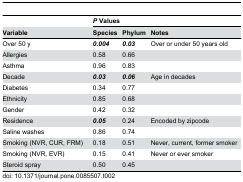
|  | <COLSPAN=2> P Values |  |
 | Variable | Species | Phylum | Notes |
 | --- | --- | --- | --- |
 | Over 50 y | 0.004 | 0.03 | Over or under 50 years old |
 | Allergies | 0.58 | 0.66 |  |
 | Asthma | 0.96 | 0.83 |  |
 | Decade | 0.03 | 0.06 | Age in decades |
 | Diabetes | 0.34 | 0.77 |  |
 | Ethnicity | 0.85 | 0.68 |  |
 | Gender | 0.42 | 0.32 |  |
 | Residence | 0.05 | 0.24 | Encoded by zipcode |
 | Saline washes | 0.86 | 0.74 |  |
 | Smoking (NVR, CUR, FRM) | 0.18 | 0.51 | Never, current, former smoker |
 | Smoking (NVR, EVR) | 0.15 | 0.41 | Never or ever smoker |
 | Steroid spray | 0.50 | 0.45 |  |